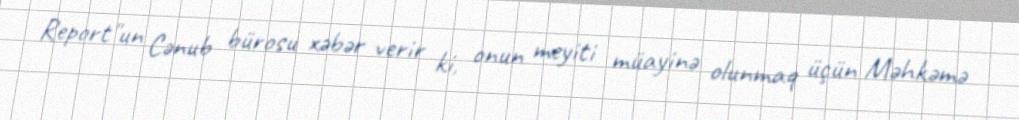
Report"un Cənub bürosu xəbər verir ki, onun meyiti müayinə olunmaq üçün Məhkəmə